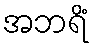
အဘရိံ